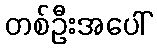
တစ်ဦးအပေါ်